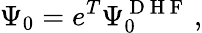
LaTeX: \Psi_{0}=e^{T}\Psi_{0}^{\mathrm{~D~H~F~}}\, ,